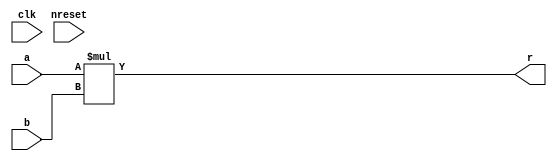
/* ********************************************************************************* */
/*                      multiplier place holder                                      */
/*                                                                                   */
/*  Author:  Chuck Cox (chuck100@home.com)                                           */
/*                                                                                   */
/*                                                                                   */
/*                                                                                   */
/* ********************************************************************************* */


module multb #(
    parameter	DATAWIDTH = 12,
    parameter	COEFWIDTH = 16
)
	(
    `ifdef USE_POWER_PINS
		inout vccd1,
		inout vssd1,
    `endif 
	input clk,			/* clock */
	input nreset,			/* active low reset */
	input	[COEFWIDTH-2:0] a,			/* data input */
	input	[DATAWIDTH-2:0] b,			/* input data valid */
	output	[DATAWIDTH + COEFWIDTH - 3:0] r			/* filter pole coefficient */
	);

assign r = a*b;


endmodule